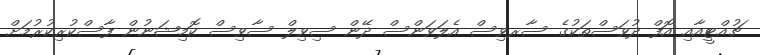
ޗުއްޓީއާއި އޮފް ދުވަސްތަކުގެ ސާރވިސް އެލަވަންސް ދޭން ސިވިލް ސާވިސް ކޮމިޝަނުން ފާސްކުރިކުރުމަށް